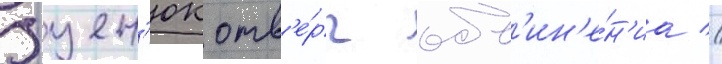
Яцен'юк отв'е́рг обв'ин'е́н'иа //